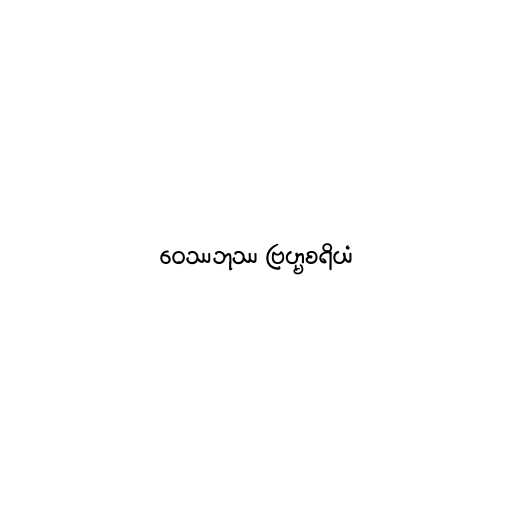
ဝေဿဘုဿ ဗြဟ္မစရိယံ